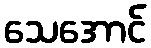
သေအောင်